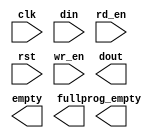
module syncfifo_512x72(
	clk,
	din,
	rd_en,
	rst,
	wr_en,
	dout,
	empty,
	full,
	prog_empty);


input clk;
input [71 : 0] din;
input rd_en;
input rst;
input wr_en;
output [71 : 0] dout;
output empty;
output full;
output prog_empty;

// synthesis translate_off

      FIFO_GENERATOR_V3_3 #(
		.C_COMMON_CLOCK(1),
		.C_COUNT_TYPE(0),
		.C_DATA_COUNT_WIDTH(9),
		.C_DEFAULT_VALUE("BlankString"),
		.C_DIN_WIDTH(72),
		.C_DOUT_RST_VAL("0"),
		.C_DOUT_WIDTH(72),
		.C_ENABLE_RLOCS(0),
		.C_FAMILY("virtex2p"),
		.C_HAS_ALMOST_EMPTY(0),
		.C_HAS_ALMOST_FULL(0),
		.C_HAS_BACKUP(0),
		.C_HAS_DATA_COUNT(0),
		.C_HAS_MEMINIT_FILE(0),
		.C_HAS_OVERFLOW(0),
		.C_HAS_RD_DATA_COUNT(0),
		.C_HAS_RD_RST(0),
		.C_HAS_RST(1),
		.C_HAS_SRST(0),
		.C_HAS_UNDERFLOW(0),
		.C_HAS_VALID(0),
		.C_HAS_WR_ACK(0),
		.C_HAS_WR_DATA_COUNT(0),
		.C_HAS_WR_RST(0),
		.C_IMPLEMENTATION_TYPE(0),
		.C_INIT_WR_PNTR_VAL(0),
		.C_MEMORY_TYPE(1),
		.C_MIF_FILE_NAME("BlankString"),
		.C_OPTIMIZATION_MODE(0),
		.C_OVERFLOW_LOW(0),
		.C_PRELOAD_LATENCY(1),
		.C_PRELOAD_REGS(0),
		.C_PRIM_FIFO_TYPE("512x72"),
		.C_PROG_EMPTY_THRESH_ASSERT_VAL(5),
		.C_PROG_EMPTY_THRESH_NEGATE_VAL(6),
		.C_PROG_EMPTY_TYPE(1),
		.C_PROG_FULL_THRESH_ASSERT_VAL(510),
		.C_PROG_FULL_THRESH_NEGATE_VAL(509),
		.C_PROG_FULL_TYPE(0),
		.C_RD_DATA_COUNT_WIDTH(9),
		.C_RD_DEPTH(512),
		.C_RD_FREQ(100),
		.C_RD_PNTR_WIDTH(9),
		.C_UNDERFLOW_LOW(0),
		.C_USE_ECC(0),
		.C_USE_FIFO16_FLAGS(0),
		.C_VALID_LOW(0),
		.C_WR_ACK_LOW(0),
		.C_WR_DATA_COUNT_WIDTH(9),
		.C_WR_DEPTH(512),
		.C_WR_FREQ(100),
		.C_WR_PNTR_WIDTH(9),
		.C_WR_RESPONSE_LATENCY(1))
	inst (
		.CLK(clk),
		.DIN(din),
		.RD_EN(rd_en),
		.RST(rst),
		.WR_EN(wr_en),
		.DOUT(dout),
		.EMPTY(empty),
		.FULL(full),
		.PROG_EMPTY(prog_empty),
		.BACKUP(),
		.BACKUP_MARKER(),
		.PROG_EMPTY_THRESH(),
		.PROG_EMPTY_THRESH_ASSERT(),
		.PROG_EMPTY_THRESH_NEGATE(),
		.PROG_FULL_THRESH(),
		.PROG_FULL_THRESH_ASSERT(),
		.PROG_FULL_THRESH_NEGATE(),
		.RD_CLK(),
		.RD_RST(),
		.SRST(),
		.WR_CLK(),
		.WR_RST(),
		.ALMOST_EMPTY(),
		.ALMOST_FULL(),
		.DATA_COUNT(),
		.OVERFLOW(),
		.PROG_FULL(),
		.VALID(),
		.RD_DATA_COUNT(),
		.UNDERFLOW(),
		.WR_ACK(),
		.WR_DATA_COUNT(),
		.SBITERR(),
		.DBITERR());


// synthesis translate_on

endmodule